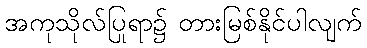
အကုသိုလ်ပြုရာ၌ တားမြစ်နိုင်ပါလျက်